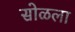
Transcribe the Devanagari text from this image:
सोळला